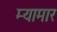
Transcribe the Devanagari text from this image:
म्यामार